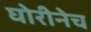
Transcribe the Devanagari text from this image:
घोरीनेच